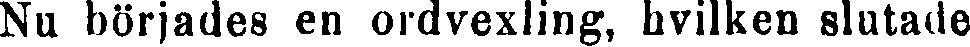
Nu börjades en ordvexling, hvilken slutade